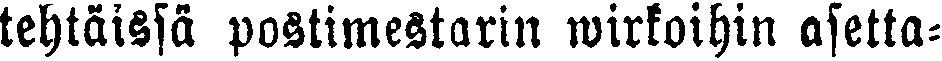
tehtäissä postimestarin wirkoihin asetta-